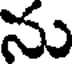
ను